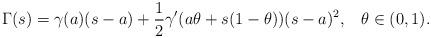
LaTeX: \begin{align*}\Gamma(s)=\gamma(a)(s-a)+\frac12\gamma'(a\theta+s(1-\theta))(s-a)^2,\;\;\;\theta\in(0,1).\end{align*}